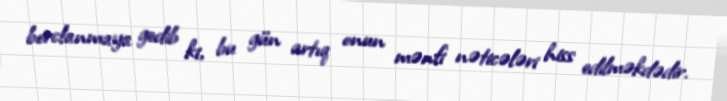
borclanmaya gedib ki, bu gün artıq onun mənfi nəticələri hiss edilməkdədir.